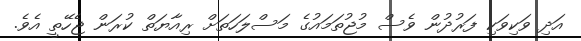
އަދި ވަކިވަކި ފަރުދުން ވެސް މުޖުތަމައުގެ މަސްލަހަތަށް ރިއާޔަތް ކުރަން ޖެހޭތީ އެވެ.